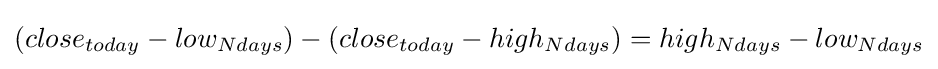
{(close_{today}-low_{Ndays})-(close_{today}-high_{Ndays})=high_{Ndays}-low_{Ndays}}